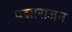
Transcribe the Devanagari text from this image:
पद्माराजन